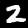
Label: 2